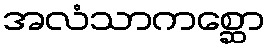
အလံသာကစ္ဆော